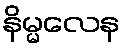
နိမ္မလေန